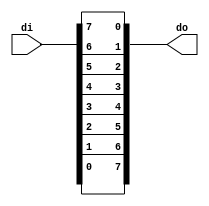
module can_ibo
( 
  di,
  do
);
input   [7:0] di;
output  [7:0] do;
assign do[0] = di[7];
assign do[1] = di[6];
assign do[2] = di[5];
assign do[3] = di[4];
assign do[4] = di[3];
assign do[5] = di[2];
assign do[6] = di[1];
assign do[7] = di[0];
endmodule